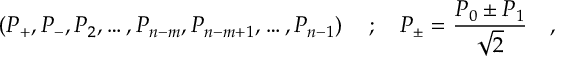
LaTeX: \left( P _ { + } , P _ { - } , P _ { 2 } , \ldots , P _ { n - m } , P _ { n - m + 1 } , \ldots , P _ { n - 1 } \right) \quad ; \quad P _ { \pm } = \frac { P _ { 0 } \pm P _ { 1 } } { \sqrt { 2 } } \quad ,